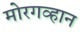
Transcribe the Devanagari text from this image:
मोरगव्हान